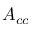
A _ { c c }